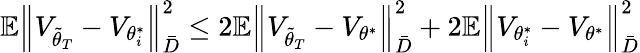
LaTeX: \mathbb{E}\Big\lVert V_{\tilde{\theta}_{T}}-V_{\theta_{i}^{*}}\Big\rVert_{\bar{D}}^{2}\le 2\mathbb{E}\Big\lVert V_{\tilde{\theta}_{T}}-V_{\theta^{*}}\Big\rVert_{\bar{D}}^{2}+2\mathbb{E}\Big\lVert V_{\theta_{i}^{*}}-V_{\theta^{*}}\Big\rVert_{\bar{D}}^{2}